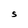
Character: S